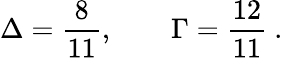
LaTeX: \Delta=\frac{8}{11},\qquad\Gamma=\frac{12}{11}\ .